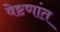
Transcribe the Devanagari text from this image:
वेष्टणांत